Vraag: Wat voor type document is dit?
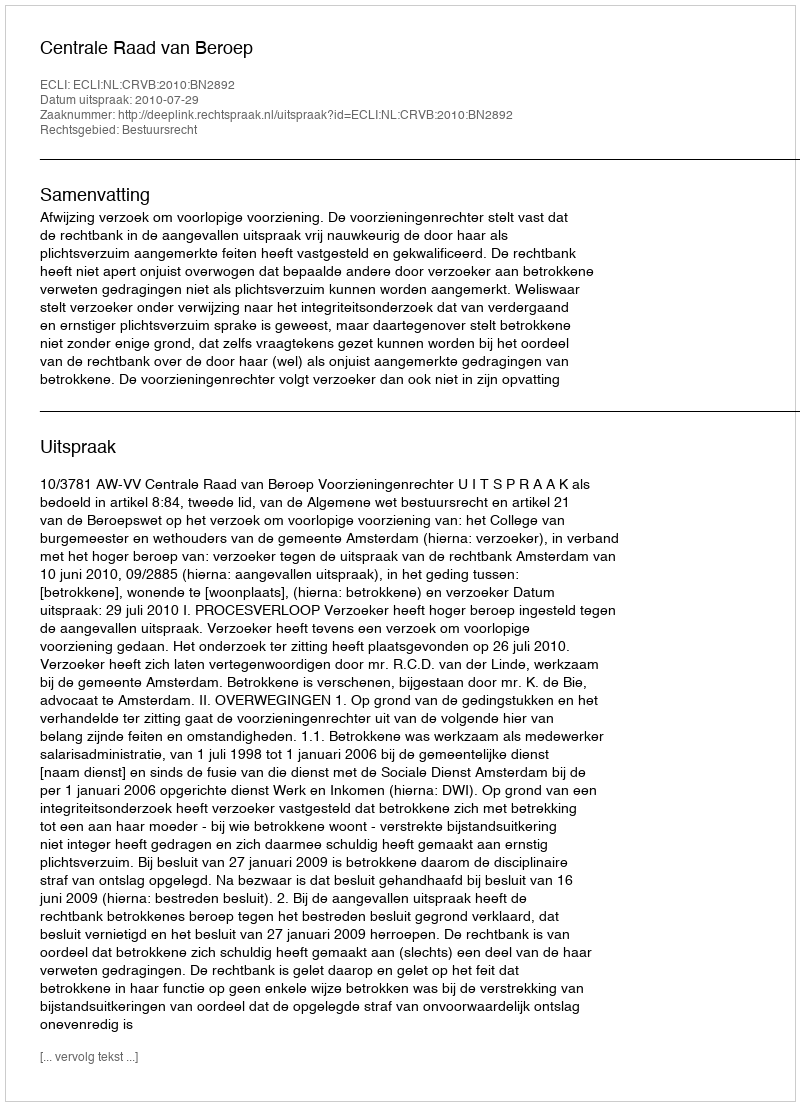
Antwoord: Uitspraak